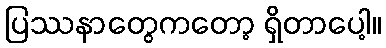
ပြဿနာတွေကတော့ ရှိတာပေါ့။